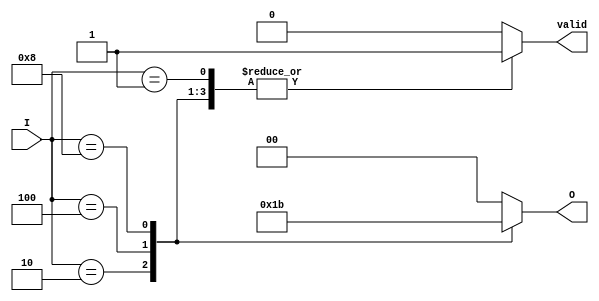
module one_of_n_encoder (
    input wire [3:0] I,          // N input lines (4 lines for this example)
    output reg [1:0] O,          // log2(N) output lines (2 bits for this example)
    output reg valid             // Valid signal: HIGH if input is valid
);

    always @(*) begin
        // Initialize outputs
        O = 2'b00; // Default output
        valid = 1'b0; // Default to invalid

        // Check how many inputs are HIGH
        case (I)
            4'b0001: begin O = 2'b00; valid = 1'b1; end // I[0] is HIGH
            4'b0010: begin O = 2'b01; valid = 1'b1; end // I[1] is HIGH
            4'b0100: begin O = 2'b10; valid = 1'b1; end // I[2] is HIGH
            4'b1000: begin O = 2'b11; valid = 1'b1; end // I[3] is HIGH
            default: begin O = 2'b00; valid = 1'b0; end // Invalid case
        endcase
    end

endmodule